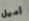
أميل